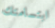
ابتسامتك